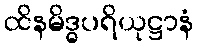
ထိနမိဒ္ဓပရိယုဋ္ဌာနံ